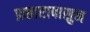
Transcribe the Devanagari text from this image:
प्रकारापासुन